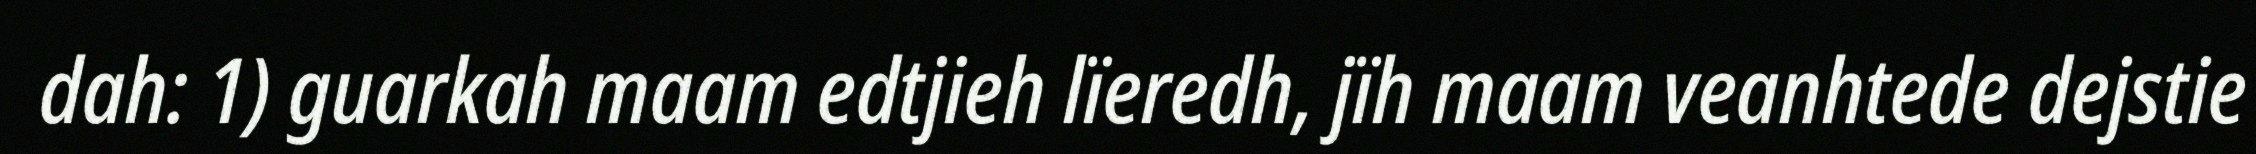
dah: 1) guarkah maam edtjieh lïeredh, jïh maam veanhtede dejstie